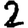
Digit: 2